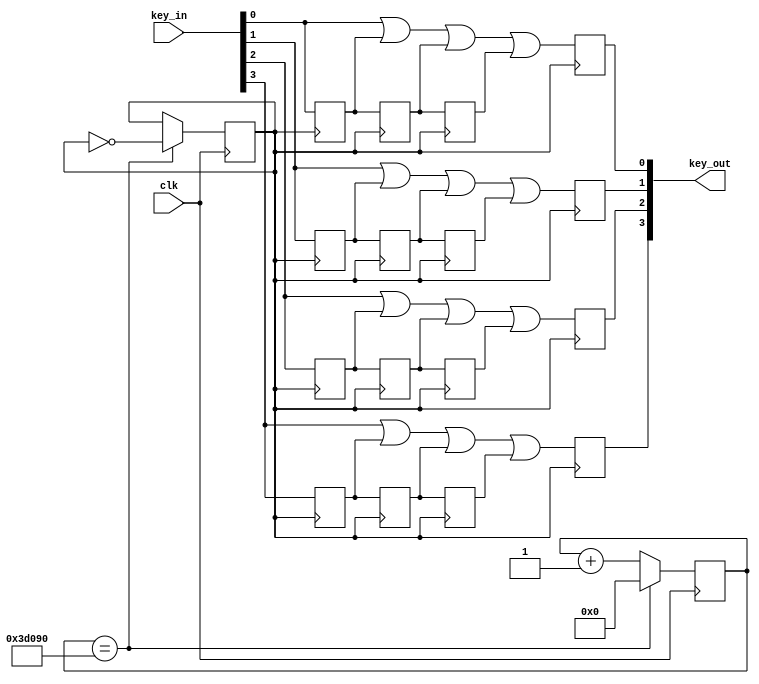
//
module key_deb
(
	input clk,
	input [3:0] key_in,
	output reg [3:0] key_out
);
reg [18:0] cnt;
reg clk100;
reg [3:0] key0,key1,key2;
always@(posedge clk)
begin
	if(cnt==250_000)
	begin
		cnt <= 0;
		clk100 <= ~clk100;
	end
	else
		cnt <= cnt+1;
end

always@(posedge clk100)	//key_out,||
begin
	key_out[0] <= (key_in[0]||key0[0]||key1[0]||key2[0]);
	key2[0] <= key1[0];
	key1[0] <= key0[0];
	key0[0] <= key_in[0];
end

always@(posedge clk100)
begin
	key_out[1] <= (key_in[1]||key0[1]||key1[1]||key2[1]);
	key2[1] <= key1[1];
	key1[1] <= key0[1];
	key0[1] <= key_in[1];
end

always@(posedge clk100)
begin
	key_out[2] <= (key_in[2]||key0[2]||key1[2]||key2[2]);
	key2[2] <= key1[2];
	key1[2] <= key0[2];
	key0[2] <= key_in[2];
end

always@(posedge clk100)
begin
	key_out[3] <= (key_in[3]||key0[3]||key1[3]||key2[3]);
	key2[3] <= key1[3];
	key1[3] <= key0[3];
	key0[3] <= key_in[3];
end
endmodule